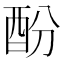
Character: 酚